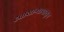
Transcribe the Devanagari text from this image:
दवाखान्यापासून